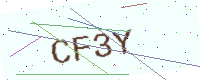
Text: CF3Y